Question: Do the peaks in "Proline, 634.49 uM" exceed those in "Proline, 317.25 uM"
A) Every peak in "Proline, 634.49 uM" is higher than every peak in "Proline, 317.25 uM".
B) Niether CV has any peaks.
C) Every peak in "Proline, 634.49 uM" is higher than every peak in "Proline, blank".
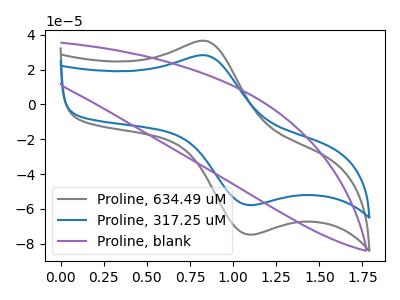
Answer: <think>The gray curve "Proline, 634.49 uM" has an anodic peak at (0.85V, 36.35uA) and a cathodic peak at (1.10V, -74.75uA). The blue curve "Proline, 317.25 uM" has an anodic peak at (0.85V, 28.10uA) and a cathodic peak at (1.10V, -57.80uA). The purple curve "Proline, blank" has no peaks.</think>
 <answer>A) Every peak in "Proline, 634.49 uM" is higher than every peak in "Proline, 317.25 uM".</answer>
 <eval>A</eval>